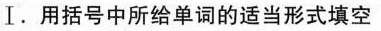
I.用括号中所给单词的适当形式填空